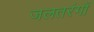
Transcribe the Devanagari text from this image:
जलतरंगों